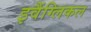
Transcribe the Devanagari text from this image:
इवैंग्लिकल